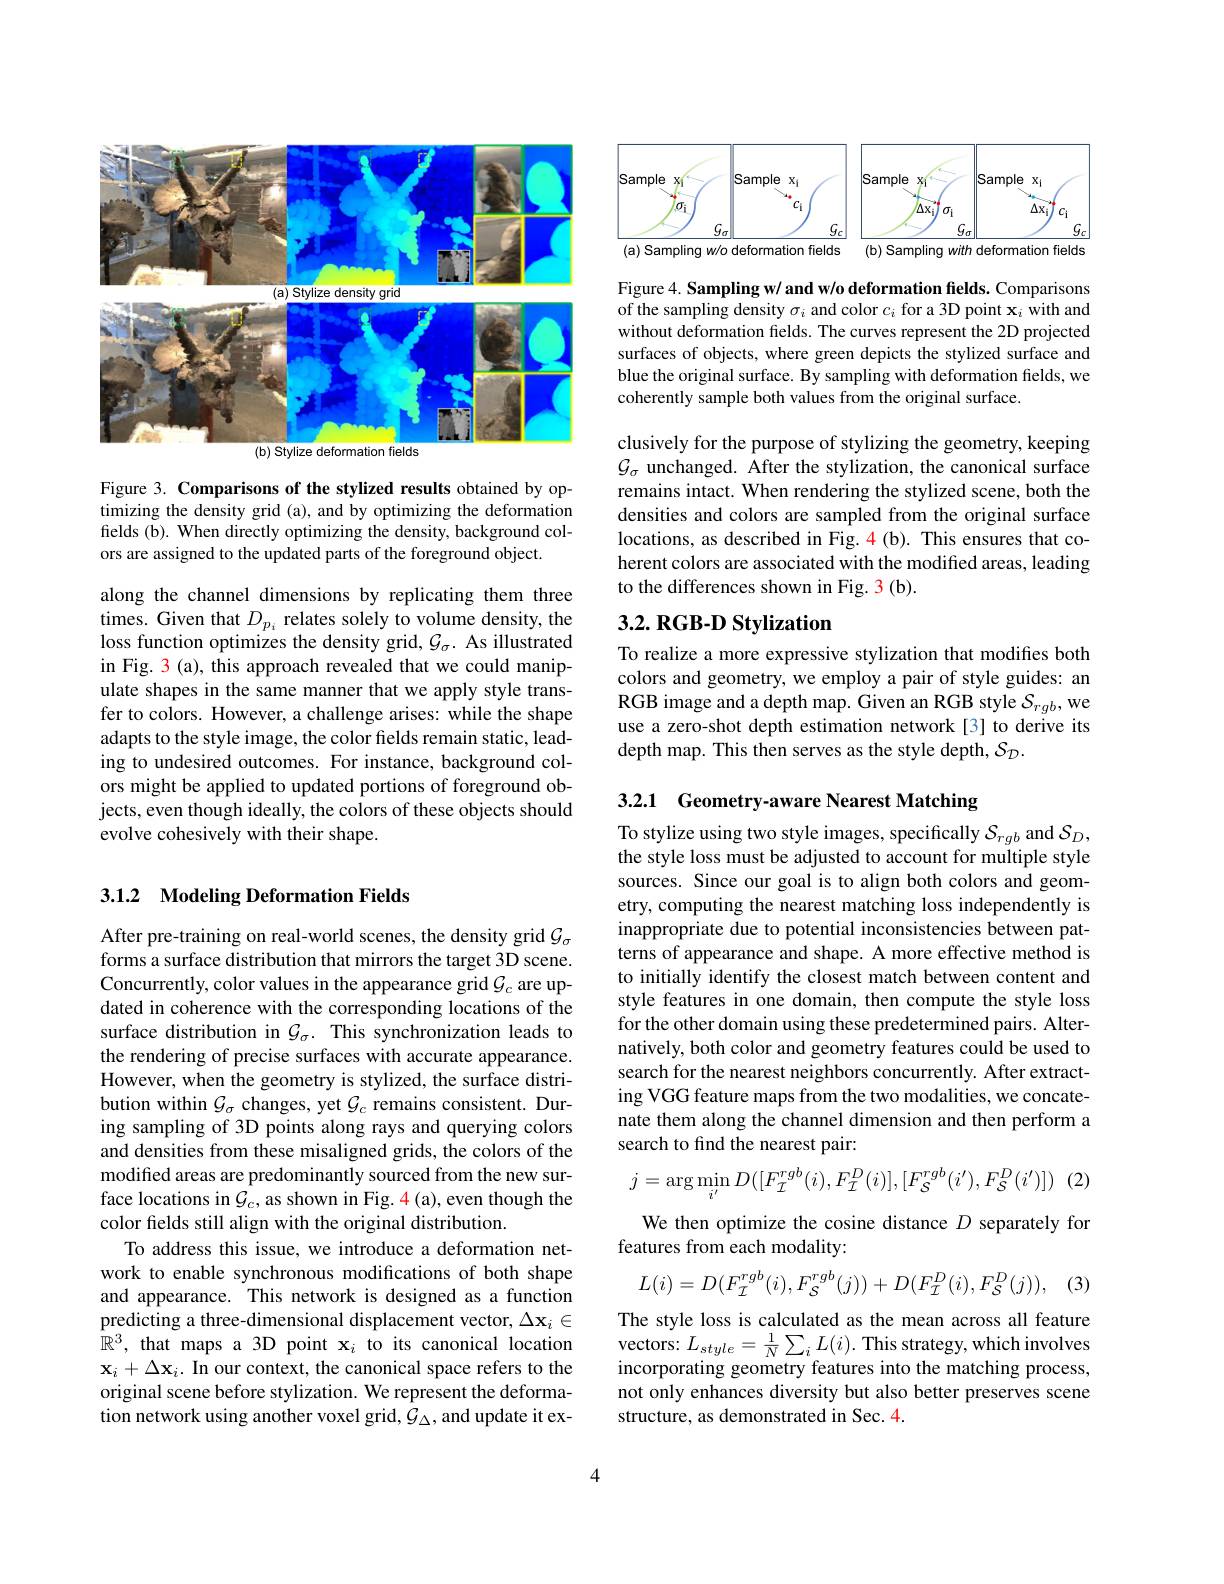
<FigureHere>

Figure 3. Comparisons of the stylized results obtained by optimizing the density grid (a), and by optimizing the deformation fields (b). When directly optimizing the density, background colors are assigned to the updated parts of the foreground object.

along the channel dimensions by replicating them three times. Given that $D_{p_{i}}$ relates solely to volume density, the loss function optimizes the density grid, $\mathcal{G}_\sigma.$ As illustrated in Fig. 3 (a), this approach revealed that we could manipulate shapes in the same manner that we apply style transfer to colors. However, a challenge arises: while the shape adapts to the style image, the color fields remain static, leading to undesired outcomes. For instance, background colors might be applied to updated portions of foreground objects, even though ideally, the colors of these objects should evolve cohesively with their shape.

## 3.1.2 Modeling Deformation Fields

After pre-training on real-world scenes, the density grid $\mathcal{G}_\sigma$ forms a surface distribution that mirrors the target 3D scene. Concurrently, color values in the appearance grid $\mathcal{G}_c$ are updated in coherence with the corresponding locations of the surface distribution in $\mathcal{G}_\sigma.$ This synchronization leads to the rendering of precise surfaces with accurate appearance. However, when the geometry is stylized, the surface distribution within $\mathcal{G}_\sigma$ changes, yet $\mathcal{G}_c$ remains consistent. During sampling of 3D points along rays and querying colors and densities from these misaligned grids, the colors of the modified areas are predominantly sourced from the new surface locations in $\mathcal{G}_c$, as shown in Fig. 4(a), even though the color felds still align with the original distribution.
To address this issue, we introduce a deformation network to enable synchronous modifications of both shape and appearance. This network is designed as a function predicting a three-dimensional displacement vector, $\Delta\mathbf{x}_i\in$ $\hat{\mathbb{R}}^3$, that maps a 3D point x$_i$ to its canonical location $\mathbf{x}_i+\Delta\mathbf{x}_i.$ In our context, the canonical space refers to the original scene before stylization. We represent the deformation network using another voxel grid, $\mathcal{G}_\Delta$, and update it ex-

<FigureHere>

Figure 4. Sampling w/ and w/o deformation fields. Comparisons of the sampling density $\sigma_i$ and color $c_i$ for a 3D point $\mathbf{x}_i$ with and without deformation fields. The curves represent the 2D projected surfaces of objects, where green depicts the stylized surface and blue the original surface. By sampling with deformation fields, we coherently sample both values from the original surface.

clusively for the purpose of stylizing the geometry, keeping $\mathcal{G}_\sigma$ unchanged. After the stylization, the canonical surface remains intact. When rendering the stylized scene, both the densities and colors are sampled from the original surface locations, as described in Fig. 4(b). This ensures that coherent colors are associated with the modified areas, leading to the differences shown in Fig. 3 (b).

# $3. 2. \textbf{ RGB- D Stylization}$

To realize a more expressive stylization that modifies both colors and geometry, we employ a pair of style guides: an RGB image and a depth map. Given an RGB style $S_rgb$,we use a zero-shot depth estimation network [3] to derive its depth map. This then serves as the style depth, $S_{\mathcal{D}}.$

3.2.1 Geometry-aware Nearest Matching

To stylize using two style images, specifically $\mathcal{S}_rgb$ and $\mathcal{S}_D$, the style loss must be adjusted to account for multiple style sources. Since our goal is to align both colors and geometry, computing the nearest matching loss independently is inappropriate due to potential inconsistencies between patterns of appearance and shape. A more effective method is to initially identify the closest match between content and style features in one domain, then compute the style loss for the other domain using these predetermined pairs. Alternatively, both color and geometry features could be used to search for the nearest neighbors concurrently. After extracting VGG feature maps from the two modalities, we concatenate them along the channel dimension and then perform a search to find the nearest pair:
$$j=\arg\min\limits_{i'}D([F_{\mathcal{I}}^{rgb}(i),F_{\mathcal{I}}^{D}(i)],[F_{\mathcal{S}}^{rgb}(i'),F_{\mathcal{S}}^{D}(i')])\:(.$$
## We then optimize the cosine distance $D$ separately for features from each modality:

(3)
$$L(i)=D(F_{\mathcal I}^{rgb}(i),F_{\mathcal S}^{rgb}(j))+D(F_{\mathcal I}^{D}(i),F_{\mathcal S}^{D}(j)),$$
The style loss is calculated as the mean across all feature vectors: $L_{style}=\frac1N\sum_{i}L(i).$ This strategy, which involves incorporating geometry features into the matching process, not only enhances diversity but also better preserves scene structure, as demonstrated in Sec. 4.

4